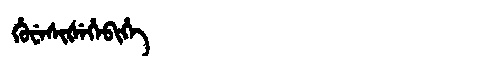
Manchu: ᡥᡠᠸᡝᠰᡳᡧᡝᡥᡝᠪᡳᡥᡝ
Romanization: HUWESIŠEHEBIHE